Indian Medical Review
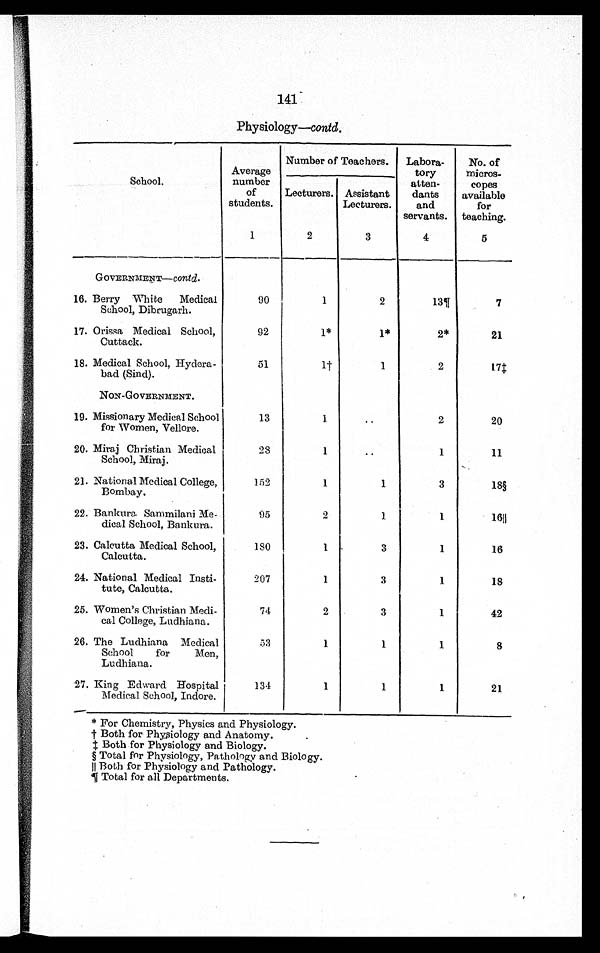
141
Physiology—contd.
School.
Average
number
of
students.
Number of Teachers.
Labora-
tory
atten-
dants
and
servants.
No. of
micros-
copes
available
for
teaching.
Lecturers. Assistant
Lecturers.
1
2
3
4
5
GOVERNMENT— contd.
16. Berry White Medical
School, Dibrugarh.
90
1
2
1 3 ¶
7
17. Orissa Medical School,
Cuttack.
92
1*
1*
2*
21
18. Medical School, Hydera-
bad (Sind).
51
1 †
1
2
1 7 ‡
NON-GOVERNMENT.
19. Missionary Medical School
for Women, Vellore.
13
1
..
2
20
20. Miraj Christian Medical
School, Miraj.
28
1
..
1
11
21. National Medical College,
Bombay.
152
1
1
3
18§
22. Bankura Sammilani Me-
dical School, Bankura.
95
2
1
1
16║
23. Calcutta Medical School,
Calcutta.
180
1
3
1
16
24. National Medical Insti-
tute, Calcutta.
207
1
3
1
18
25. Women's Christian Medi-
cal College, Ludhiana.
74
2
3
1
42
26. The Ludhiana Medical
School for Men,
Ludhiana.
53
1
1
1
8
27. King Edward Hospital
Medical School, Indore.
134
1
1
1
21
* For Chemistry, Physics and Physiology.
† B o t h f o r P h y s i o l o g y a n d A n a t o m y .
‡ Both for Physiology and Biology.
§ Total for Physiology, Pathology and Biology.
║ Both for Physiology and Pathology.
¶ Total for all Departments.